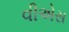
વીએસ